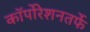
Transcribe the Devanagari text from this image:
कॉर्पोरेशनतर्फे